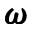
\pmb { \omega }